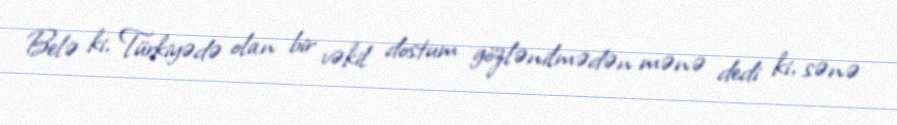
Belə ki, Türkiyədə olan bir vəkil dostum gözlənilmədən mənə dedi ki, sənə